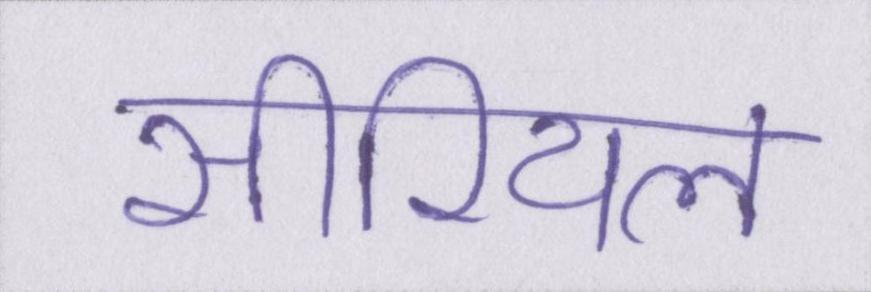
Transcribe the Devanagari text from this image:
सीरियल